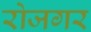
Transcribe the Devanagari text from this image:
रोजगर